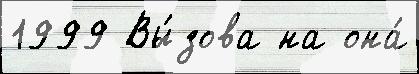
1999 Вы́зова на она́